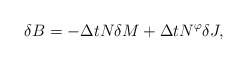
\begin{align*}\delta B = - \Delta t N \delta M + \Delta t N^{\varphi} \delta J,\end{align*}